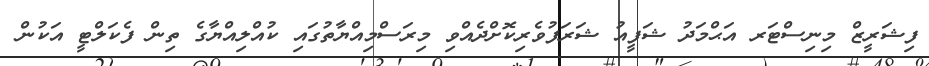
ފިޝަރީޒް މިނިސްޓަރ އަޙްމަދު ޝަފީއު ޝަރަފުވެރިކޮށްދެއްވި މިރަސްމިއްޔާތުގައި ކުއްލިއްޔާގެ ތިން ފެކަލްޓީ އަކުން